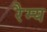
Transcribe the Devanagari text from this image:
रैम्य